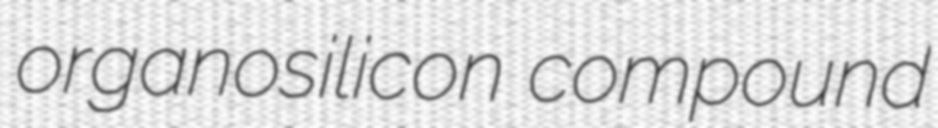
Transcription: organosilicon compound